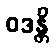
ဝဒန္တိ